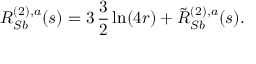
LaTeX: R _ { S b } ^ { ( 2 ) , a } ( s ) = 3 \, \frac { 3 } { 2 } \ln ( 4 r ) + \tilde { R } _ { S b } ^ { ( 2 ) , a } ( s ) .